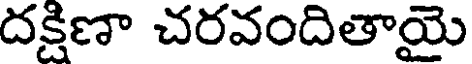
దక్షిణా చరవందితాయై